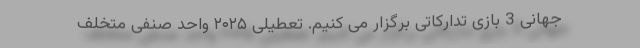
جهانی 3 بازی تدارکاتی برگزار می کنیم. تعطیلی ۲۰۲۵ واحد صنفی متخلف